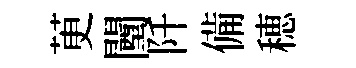
茰闉阡備穂